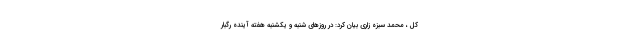
کل ، محمد سبزه زاری بیان کرد: در روزهای شنبه و یکشنبه هفته آینده رگبار